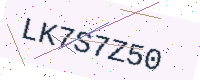
Text: LK7S7Z50